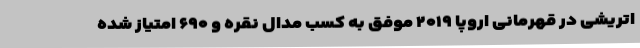
اتریشی در قهرمانی اروپا ۲۰۱۹ موفق به کسب مدال نقره و ۶۹۰ امتیاز شده